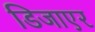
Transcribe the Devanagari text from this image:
डिजाएर